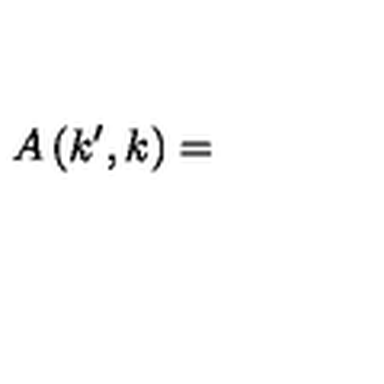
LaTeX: A \left( k ^ { \prime } , k \right) =